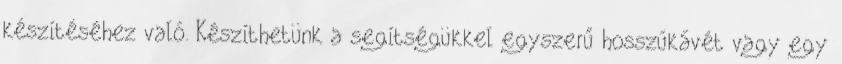
készítéséhez való. Készíthetünk a segítségükkel egyszerű hosszúkávét vagy egy